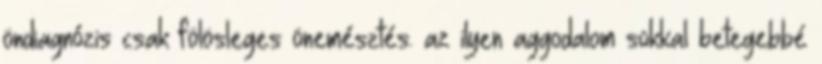
öndiagnózis csak fölösleges önemésztés. az ilyen aggodalom sokkal betegebbé